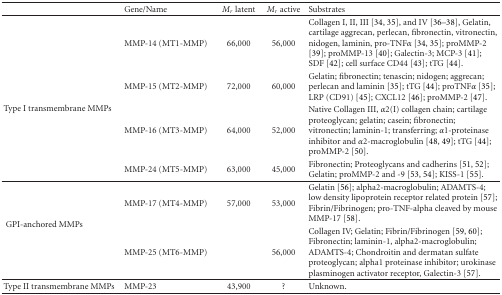
<table><thead><tr><td></td><td><b>Gene/Name</b></td><td><b><i>M</i><sub><i>r</i></sub> latent</b></td><td><b><i>M</i><sub><i>r</i></sub> active</b></td><td><b>Substrates</b></td></tr></thead><tbody><tr><td></td><td>MMP-14 (MT1-MMP)</td><td>66,000</td><td>56,000</td><td>Collagen I, II, III [34, 35], and IV [36–38], Gelatin, cartilage aggrecan, perlecan, fibronectin, vitronectin, nidogen, laminin, pro-TNF<i>α</i> [34, 35]; proMMP-2 [39]; proMMP-13 [40]; Galectin-3; MCP-3 [41]; SDF [42]; cell surface CD44 [43]; tTG [44].</td></tr><tr><td rowspan="2">Type I transmembrane MMPs</td><td>MMP-15 (MT2-MMP)</td><td>72,000</td><td>60,000</td><td>Gelatin; fibronectin; tenascin; nidogen; aggrecan; perlecan and laminin [35]; tTG [44]; proTNF<i>α</i> [35]; LRP (CD91) [45]; CXCL12 [46]; proMMP-2 [47].</td></tr><tr><td>MMP-16 (MT3-MMP)</td><td>64,000</td><td>52,000</td><td>Native Collagen III, <i>α</i>2(I) collagen chain; cartilage proteoglycan; gelatin; casein; fibronectin; vitronectin; laminin-1; transferring; <i>α</i>1-proteinase inhibitor and <i>α</i>2-macroglobulin [48, 49]; tTG [44]; proMMP-2 [50].</td></tr><tr><td></td><td>MMP-24 (MT5-MMP)</td><td>63,000</td><td>45,000</td><td>Fibronectin; Proteoglycans and cadherins [51, 52]; Gelatin; proMMP-2 and -9 [53, 54]; KISS-1 [55]. </td></tr><tr><td rowspan="2">GPI-anchored MMPs</td><td>MMP-17 (MT4-MMP)</td><td>57,000</td><td>53,000</td><td>Gelatin [56]; alpha2-macroglobulin; ADAMTS-4; low density lipoprotein receptor related protein [57]; Fibrin/Fibrinogen; pro-TNF-alpha cleaved by mouse MMP-17 [58].</td></tr><tr><td>MMP-25 (MT6-MMP)</td><td></td><td>56,000</td><td>Collagen IV; Gelatin; Fibrin/Fibrinogen [59, 60]; Fibronectin; laminin-1, alpha2-macroglobulin; ADAMTS-4; Chondroitin and dermatan sulfate proteoglycan; alpha1 proteinase inhibitor; urokinase plasminogen activator receptor, Galectin-3 [57]. </td></tr><tr><td>Type II transmembrane MMPs</td><td>MMP-23</td><td>43,900</td><td>?</td><td>Unknown.</td></tr></tbody></table>